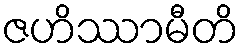
ဇဟိဿာမီတိ